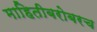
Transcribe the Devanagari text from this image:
माहितीबरोबरच